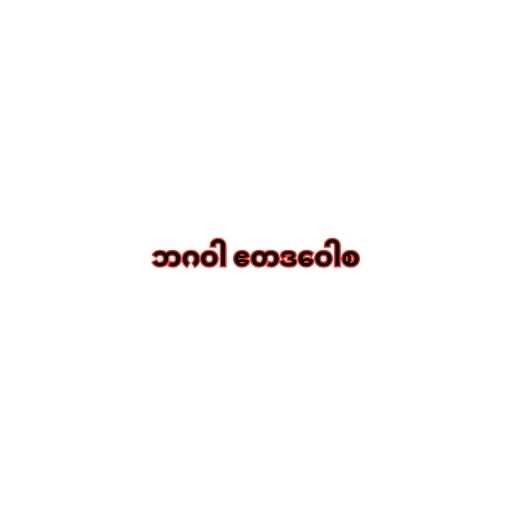
ဘဂဝါ ဧတဒဝေါစ